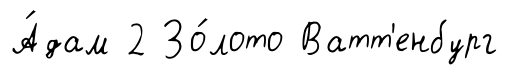
А́дам 2 Зо́лото Ватт'енбург